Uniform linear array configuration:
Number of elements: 24
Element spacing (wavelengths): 0.5
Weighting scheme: blackman
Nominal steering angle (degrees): -15
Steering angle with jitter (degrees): -15.132
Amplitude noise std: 0.05
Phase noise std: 0.05

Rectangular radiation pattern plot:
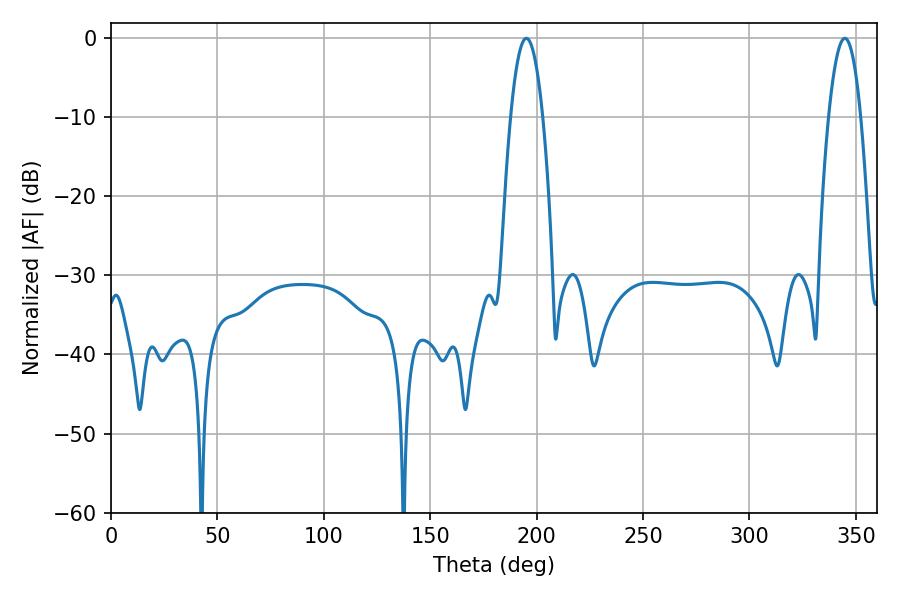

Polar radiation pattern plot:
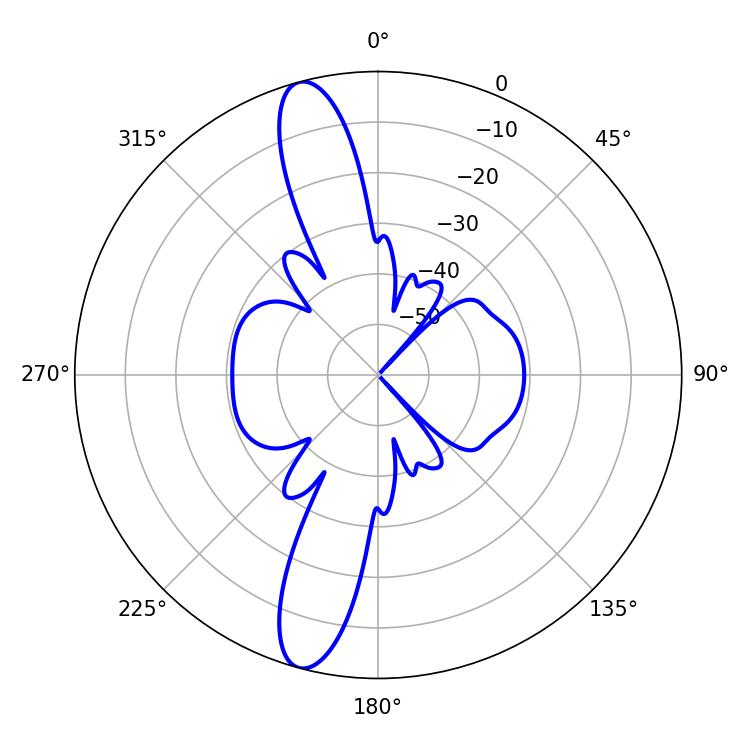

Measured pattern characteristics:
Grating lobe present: FALSE
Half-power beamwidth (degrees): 8.46
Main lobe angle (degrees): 195.12